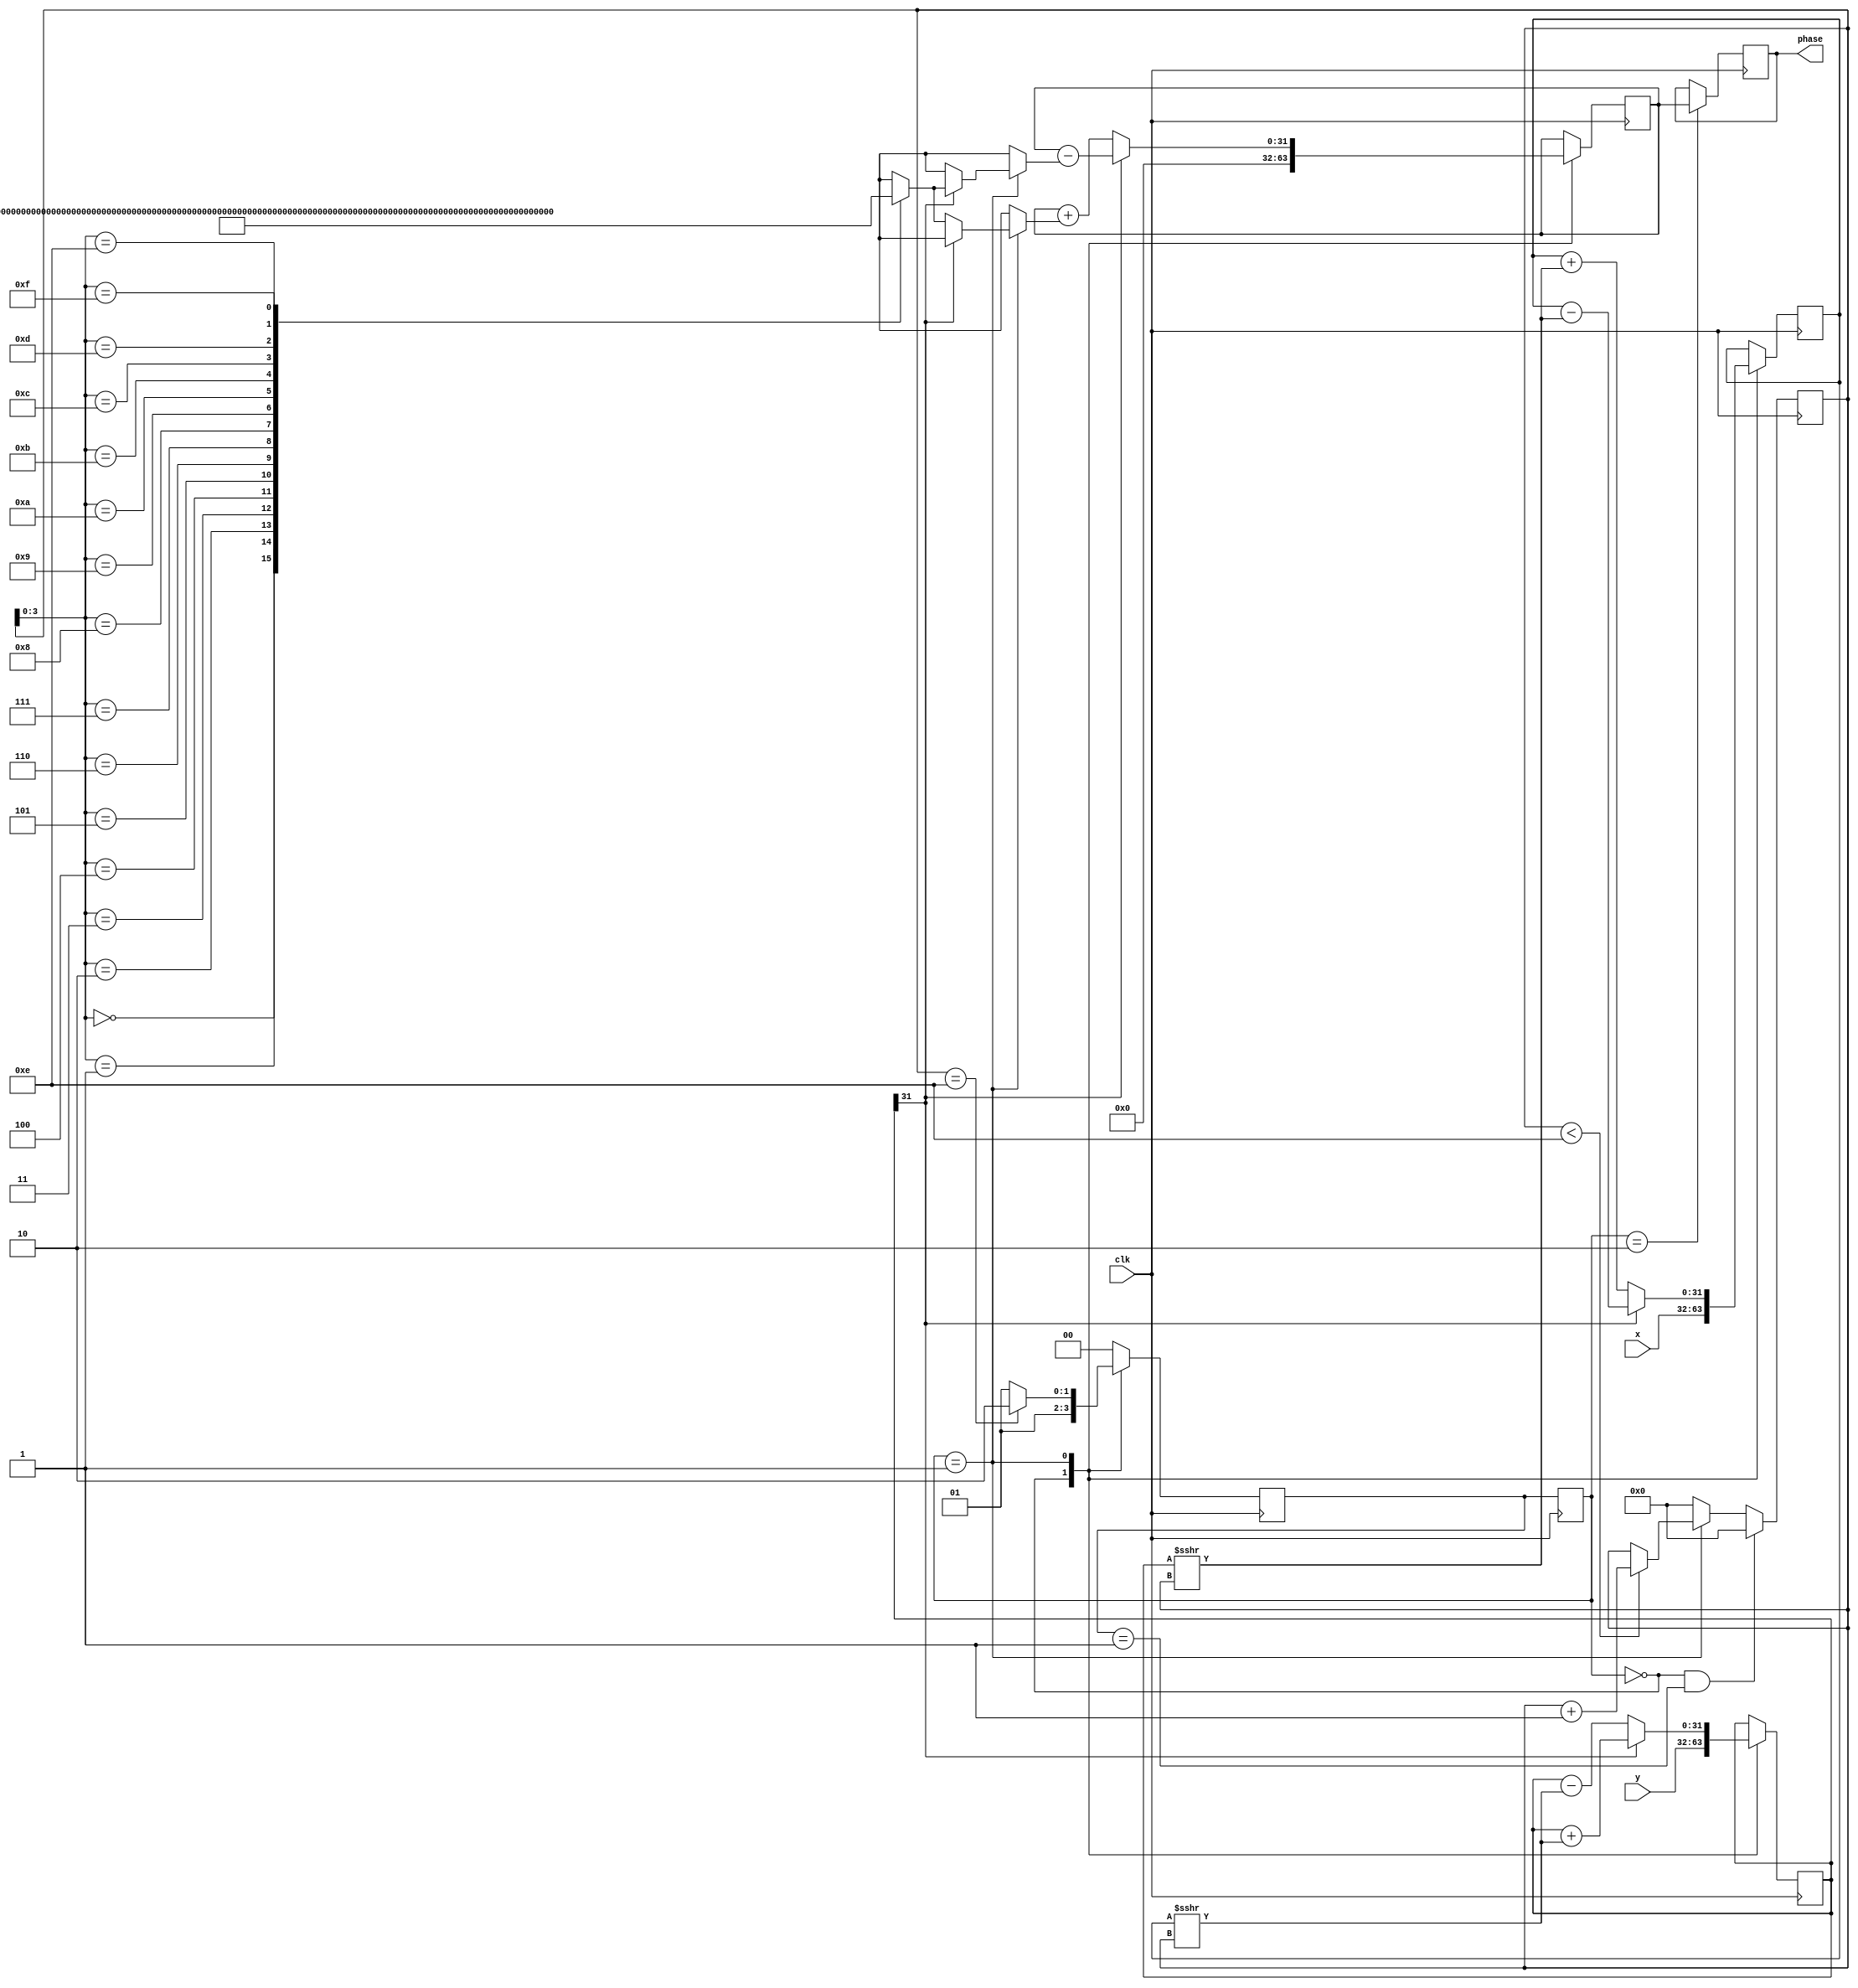
`timescale 1ns / 1ps
//////////////////////////////////////////////////////////////////////////////////
// Company: 
// Engineer: 
// 
// Design Name: 
// Module Name: cordic_serial
// Project Name: 
// Target Devices: 
// Tool Versions: 
// Description: 
// 
// Dependencies: 
// 
// Revision:
// Revision 0.01 - File Created
// Additional Comments:
// 
//////////////////////////////////////////////////////////////////////////////////


module cordic_serial(
    input signed [31:0]    x,
    input signed [31:0]    y,
    input           clk,
    output reg [31:0]   phase
    );

    //FSM_parameter
    localparam IDLE = 2'd0;
    localparam WORK = 2'd1;
    localparam DONE = 2'd2;

    reg     [1:0]state ;
    reg     [1:0]next_state;

    reg     [6:0]counter;

    wire   [31:0] rot[15:0];

//
assign  rot[0]  = 32'd2949120 ;     //45*2^16
assign  rot[1]  = 32'd1740992 ;     //26.5651*2^16
assign  rot[2]  = 32'd919872  ;     //14.0362*2^16
assign  rot[3]  = 32'd466944  ;     //7.1250*2^16
assign  rot[4]  = 32'd234368  ;     //3.5763*2^16
assign  rot[5]  = 32'd117312  ;     //1.7899*2^16
assign  rot[6]  = 32'd58688   ;     //0.8952*2^16
assign  rot[7]  = 32'd29312   ;     //0.4476*2^16
assign  rot[8]  = 32'd14656   ;     //0.2238*2^16
assign  rot[9]  = 32'd7360    ;     //0.1119*2^16
assign  rot[10] = 32'd3648    ;     //0.0560*2^16
assign  rot[11] = 32'd1856    ;     //0.0280*2^16
assign  rot[12] = 32'd896     ;     //0.0140*2^16
assign  rot[13] = 32'd448     ;     //0.0070*2^16
assign  rot[14] = 32'd256     ;     //0.0035*2^16
assign  rot[15] = 32'd128     ;     //0.0018*2^16

    always @(posedge clk) begin
        state<=next_state;
        case(state)
        IDLE:next_state<=WORK;
        WORK:next_state<= counter==14?DONE:WORK;
        DONE:next_state<=IDLE;

        default:next_state<=IDLE;
        endcase
    end

    reg signed [31:0] x_shift;
    reg signed [31:0] y_shift;
    reg signed [31:0] z_rot;

    wire     D_sign;
    assign   D_sign=~y_shift[31];

    always @(posedge clk ) begin
        case(state)
        IDLE:
        begin
            x_shift<=x;
            y_shift<=y;
            z_rot<=0;
        end

        WORK:if(D_sign)
        begin
            x_shift       <= x_shift + (y_shift>>>counter);
            y_shift       <= y_shift - (x_shift>>>counter);
            z_rot         <= z_rot  + rot[counter];
        end
        else begin
            x_shift       <= x_shift - (y_shift>>>counter);
            y_shift       <= y_shift + (x_shift>>>counter);
            z_rot         <= z_rot  - rot[counter];
        end
        
        DONE:
        begin
            phase<=z_rot;
        end
        default : ;
        endcase
    end

    always @(posedge clk ) begin
        if(state==IDLE && next_state==WORK)
            counter<=0;
        else if(state==WORK)begin
        if(counter<4'd14)
            counter<=counter+1;
            else
            counter<=counter;
        end
        else
            counter<=0;
    end



endmodule